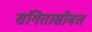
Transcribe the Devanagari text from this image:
संगितासोबत